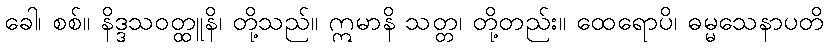
ခေါ၊ စစ်။ နိဒ္ဒသဝတ္ထူနိ၊ တို့သည်။ ဣမာနိ သတ္တ၊ တို့တည်း။ ထေရောပိ၊ ဓမ္မသေနာပတိ